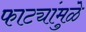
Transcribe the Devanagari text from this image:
फाट्यांमुळे